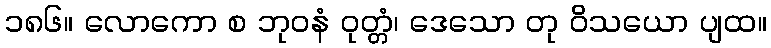
၁၈၆။ လောကော စ ဘုဝနံ ဝုတ္တံ၊ ဒေသော တု ဝိသယော ပျထ။